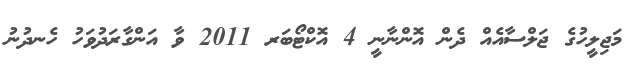
މަޖިލީހުގެ ޖަލްސާއެއް ދެން އޮންނާނީ 4 އޮކްޓޯބަރ 2011 ވާ އަންގާރަދުވަހު ހެނދުނު